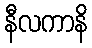
နီလကာနိ